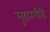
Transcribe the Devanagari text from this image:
लुहारगीरी